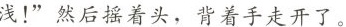
浅！”然后摇着头，背着手走开了。